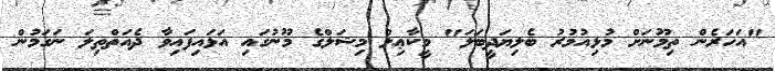
"އަހަރެން ތިމޫނަށް މުޅިއުމުރު ބެލިޔަދީބަލަ" މީކާޢިލް މިޝަލްގެ މޫނުގައި އަޅައިފައިވާ ދެއަތްތިލަ ނަގަމުން